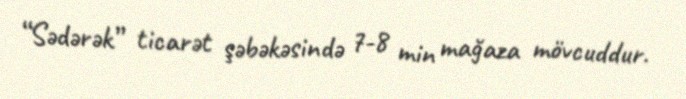
“Sədərək” ticarət şəbəkəsində 7-8 min mağaza mövcuddur.